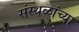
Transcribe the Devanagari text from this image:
संस्थळांच्या